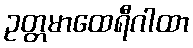
ဥတ္တမာထေရီဂါထာ